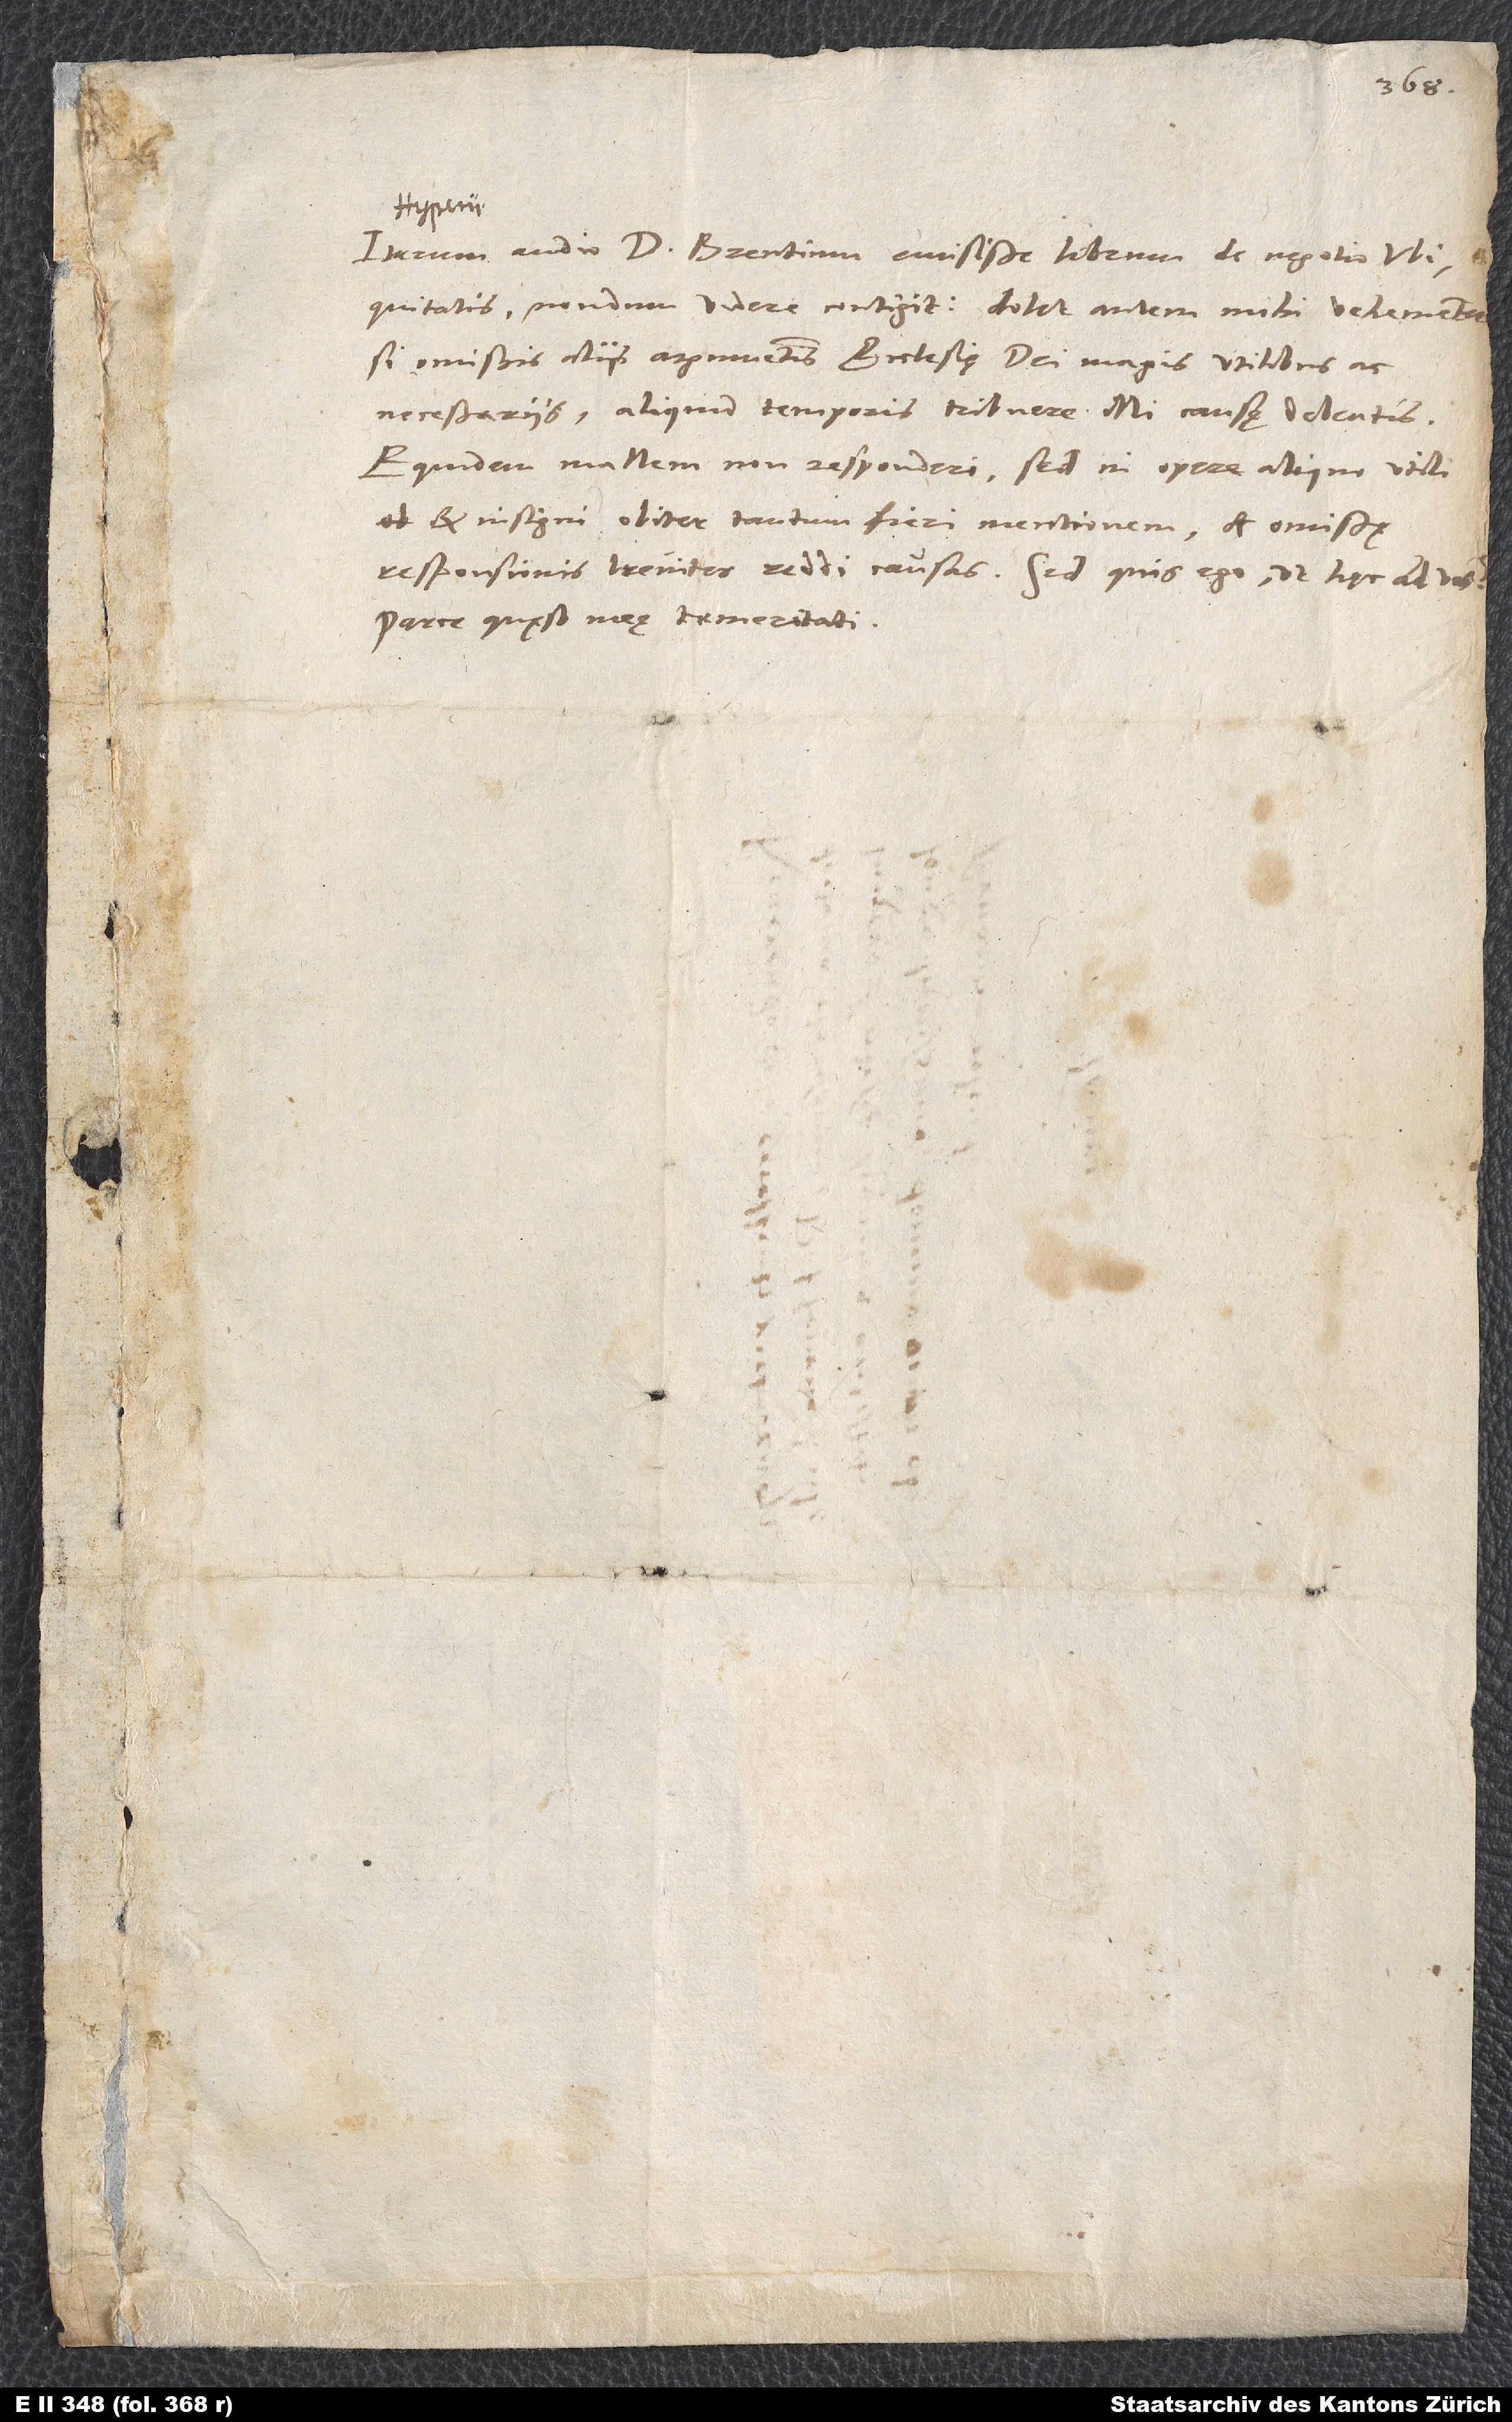
Iterum audio d. Brentium emisisse librum de negotio ubiquitatis.
si omissis aliis argumentis ecclesię dei magis utilibus ac
necessariis aliquid temporis tribuere illi causę debeatis.
Equidem mallem non responderi, sed in opere aliquo utili
et insigni obiter tantum fieri mentionem et omissę
responsionis breviter reddi causas. Sed quis ego, ut hęc ad vos?
Parce quęso meę temeritati.